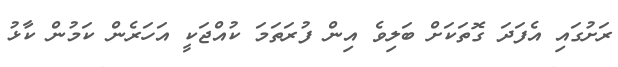
ރަށުގައި އެފަދަ ގޮތަކަށް ބަލިވެ އިން ފުރަތަމަ ކުއްޖަކީ އަހަރެން ކަމުން ކާޅު